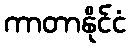
ကာတာနိုင်ငံ